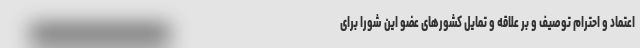
اعتماد و احترام توصیف و بر علاقه و تمایل کشورهای عضو این شورا برای